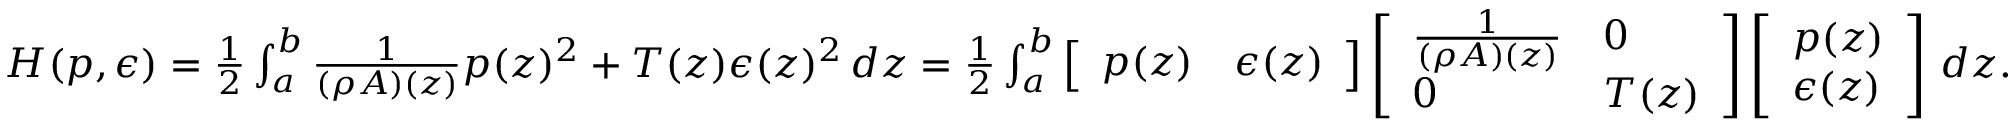
\begin{array} { r } { H ( p , \epsilon ) = \frac { 1 } { 2 } \int _ { a } ^ { b } \frac { 1 } { ( \rho A ) ( z ) } p ( z ) ^ { 2 } + T ( z ) \epsilon ( z ) ^ { 2 } \, d z = \frac { 1 } { 2 } \int _ { a } ^ { b } \left[ \begin{array} { l l } { p ( z ) } & { \epsilon ( z ) } \end{array} \right] \left[ \begin{array} { l l } { \frac { 1 } { ( \rho A ) ( z ) } } & { 0 } \\ { 0 } & { T ( z ) } \end{array} \right] \left[ \begin{array} { l } { p ( z ) } \\ { \epsilon ( z ) } \end{array} \right] \, d z . } \end{array}